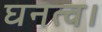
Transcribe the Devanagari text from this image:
घनत्व।